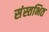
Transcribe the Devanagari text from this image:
संस्तभित